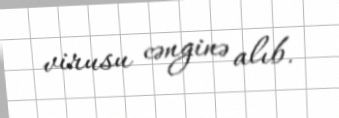
virusu cənginə alıb.